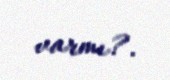
varmı?.